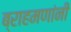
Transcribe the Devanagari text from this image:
ब्राहमणांनी